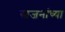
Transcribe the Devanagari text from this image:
स्वजनांच्या